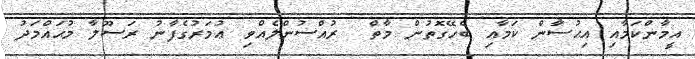
އީމާންކަމާއި އިޙުސާން ކަމާއި ބެހޭގޮތުން މާތް  ރުއްސުންލެއްވި ޢުމަރުގެފާނު ރަސޫލާ މުޙައްމަދު